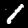
Digit: 1